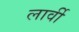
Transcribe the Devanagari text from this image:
लार्वी